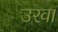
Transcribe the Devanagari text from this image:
उरवा